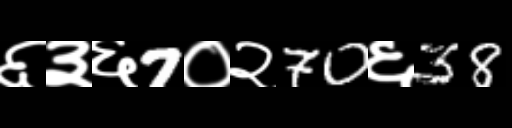
Text: ६३६7०२70६38